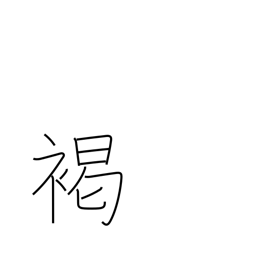
Meaning: brown